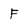
Character: f